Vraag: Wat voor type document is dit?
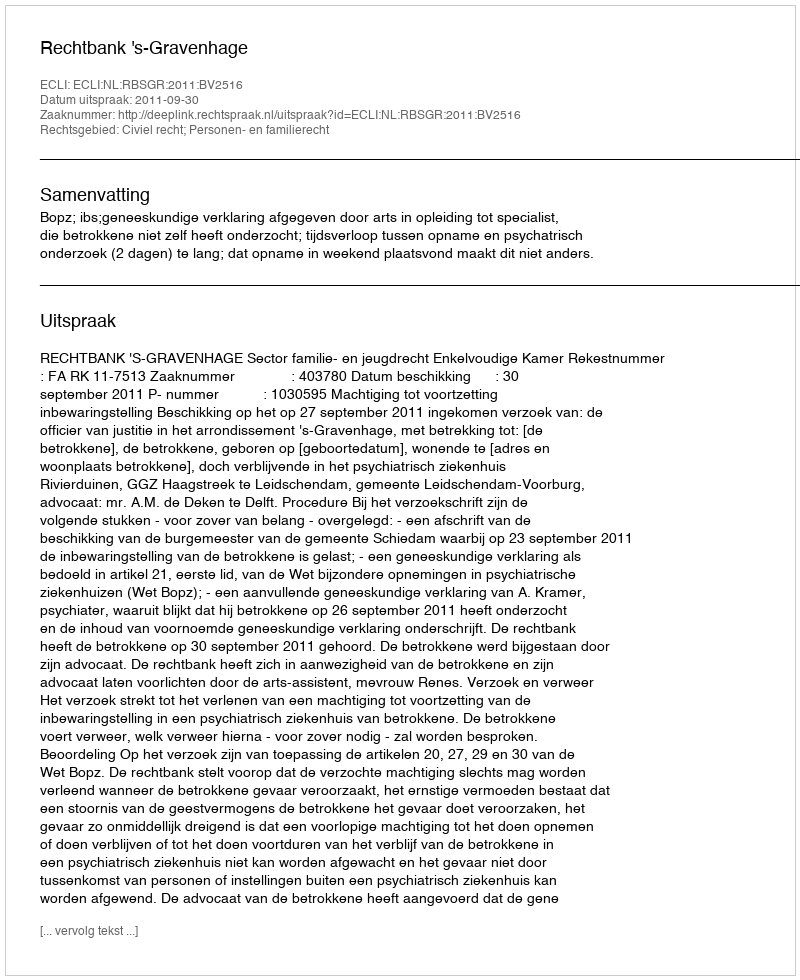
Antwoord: Uitspraak